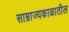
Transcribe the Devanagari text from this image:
साम्राज्यकाळातील